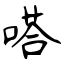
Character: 嗒